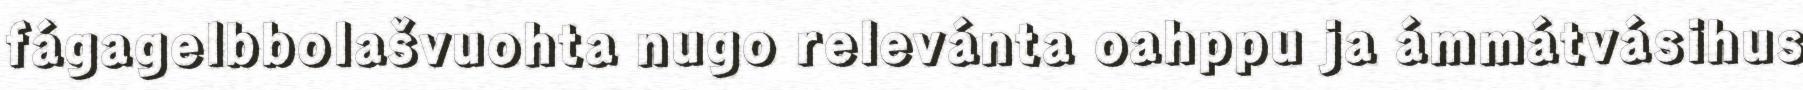
fágagelbbolašvuohta nugo relevánta oahppu ja ámmátvásihus